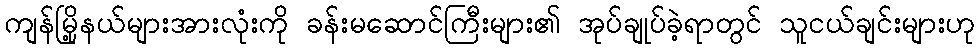
ကျန်မြို့နယ်များအားလုံးကို ခန်းမဆောင်ကြီးများ၏ အုပ်ချုပ်ခဲ့ရာတွင် သူငယ်ချင်းများဟု